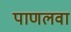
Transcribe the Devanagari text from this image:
पाणलवा